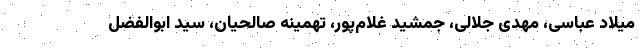
میلاد عباسی، مهدی جلالی، جمشید غلام‌پور، تهمینه صالحیان، سید ابوالفضل